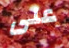
على